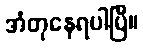
အံတုနေရပါပြီ။